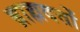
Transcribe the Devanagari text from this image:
ब्राह्मदत्तों